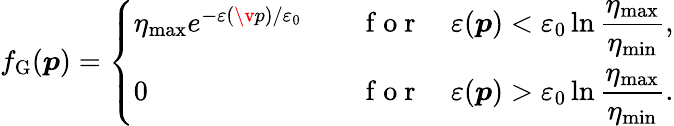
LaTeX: f_{\mathrm{G}}(\boldsymbol{p})=\left\{ \begin{array}{ll}{\eta_{\mathrm{max}}e^{-\varepsilon(\v{p})/\varepsilon_{0}}\quad}&{\mathrm{~f~o~r~}\quad\varepsilon(\boldsymbol{p})<\varepsilon_{0}\ln\displaystyle\frac{\eta_{\mathrm{max}}}{\eta_{\mathrm{min}}},}\\ {0\quad}&{\mathrm{~f~o~r~}\quad\varepsilon(\boldsymbol{p})>\varepsilon_{0}\ln\displaystyle\frac{\eta_{\mathrm{max}}}{\eta_{\mathrm{min}}}.}\end{array}\right.